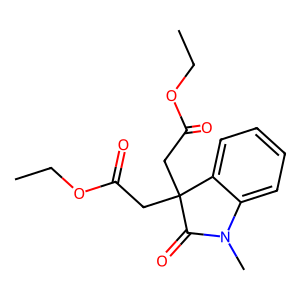
SMILES: CCOC(=O)CC1(CC(=O)OCC)C(=O)N(C)c2ccccc21
Inhibits HIV replication: No